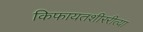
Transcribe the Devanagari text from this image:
किफायतशीररीत्या